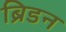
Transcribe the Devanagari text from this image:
ब्रिडन